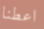
اعطنا